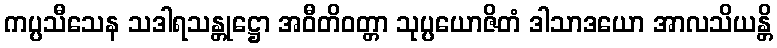
ကပ္ပသီသေန သဒါရသန္တုဋ္ဌော အဝီတိဝတ္တာ သုပ္ပယောဇိတံ ဒါသာဒယော အာလသိယန္တိ